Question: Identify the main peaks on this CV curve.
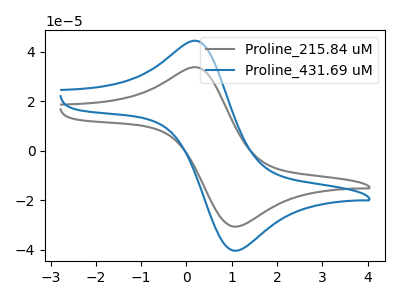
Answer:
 <answer>The gray curve "Proline_215.84 uM" has an anodic peak at (0.25V, 33.60uA) and a cathodic peak at (1.05V, -30.70uA). The blue curve "Proline_431.69 uM" has an anodic peak at (0.25V, 44.25uA) and a cathodic peak at (1.05V, -40.40uA).</answer>
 <eval></eval>